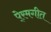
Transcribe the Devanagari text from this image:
पे्रमगीत